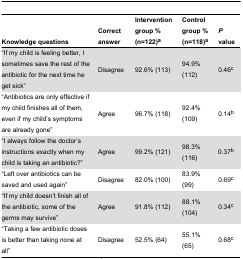
<table><thead><tr><td><b>Knowledge questions</b></td><td><b>Correct answer</b></td><td><b>Intervention group %(n=122)<sup>a</sup></b></td><td><b>Control group %(n=118)<sup>a</sup></b></td><td><b><i>P</i> value</b></td></tr></thead><tbody><tr><td>“If my child is feeling better, I sometimes save the rest of the antibiotic for the next time he get sick”</td><td>Disagree</td><td>92.6% (113)</td><td>94.9% (112)</td><td>0.46<sup>c</sup></td></tr><tr><td>“Antibiotics are only effective if my child finishes all of them, even if my child’s symptoms are already gone”</td><td>Agree</td><td>96.7% (118)</td><td>92.4% (109)</td><td>0.14<sup>b</sup></td></tr><tr><td>“I always follow the doctor’s instructions exactly when my child is taking an antibiotic?”</td><td>Agree</td><td>99.2% (121)</td><td>98.3% (116)</td><td>0.37<sup>b</sup></td></tr><tr><td>“Left over antibiotics can be saved and used again”</td><td>Disagree</td><td>82.0% (100)</td><td>83.9% (99)</td><td>0.69<sup>c</sup></td></tr><tr><td>“If my child doesn’t finish all of the antibiotic, some of the germs may survive”</td><td>Agree</td><td>91.8% (112)</td><td>88.1% (104)</td><td>0.34<sup>c</sup></td></tr><tr><td>“Taking a few antibiotic doses is better than taking none at all”</td><td>Disagree</td><td>52.5% (64)</td><td>55.1% (65)</td><td>0.68<sup>c</sup></td></tr></tbody></table>